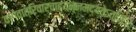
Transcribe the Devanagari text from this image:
वागेवात्रिवार्चाह्यन्नमद्यतेऽत्तिहर्